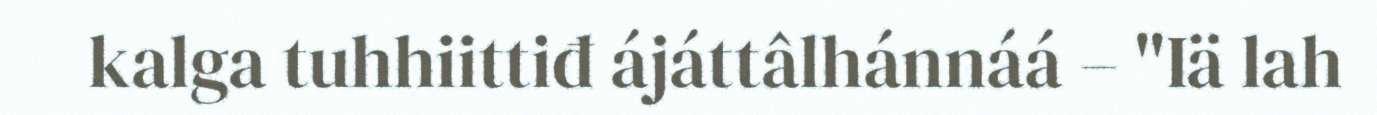
kalga tuhhiittiđ ájáttâlhánnáá – "Iä lah